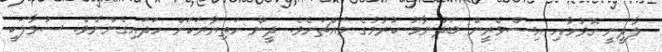
ލާދީނީ ގޮވުމާއި އިސްވެރީން ބަދުނާމު ކުރުމުގެ މައްޗަށެވެ. ދީން ހަތިޔާރަކަށް ހަދައިގެންނެވެ. ސުވާލަކީ